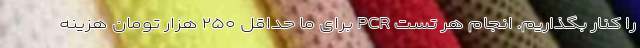
را کنار بگذاریم. انجام هر تست PCR برای ما حداقل ۲۵۰ هزار تومان هزینه